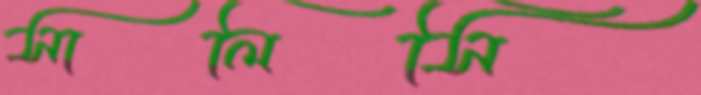
সালিসি